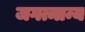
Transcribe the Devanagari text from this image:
जगत्मान्य